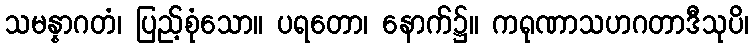
သမန္နာဂတံ၊ ပြည့်စုံသော။ ပရတော၊ နောက်၌။ ကရုဏာသဟဂတာဒီသုပိ၊